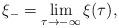
LaTeX: \begin{align*}\xi_{-}=\lim_{\tau\to -\infty}\xi(\tau),\end{align*}